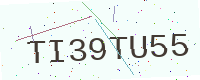
Text: TI39TU55